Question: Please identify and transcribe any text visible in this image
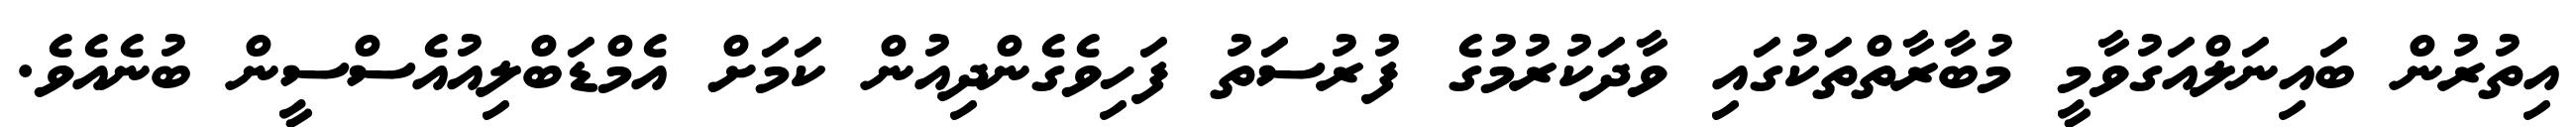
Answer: އިތުރުން ބައިނަލްއަގުވާމީ މުބާރާތްތަކުގައި ވާދަކުރުމުގެ ފުރުސަތު ފަހިވެގެންދިއުން ކަމަށް އެމްޑަބްލިއުއެސްސީން ބުނެއެވެ.